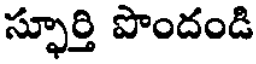
స్ఫూర్తి పొందండి